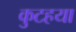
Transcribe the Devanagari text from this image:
कुटहया